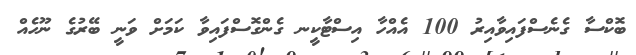
ބޮކްސާ ގެނެސްފައިވާއިރު 100 އެއްހާ އިސްޓާކީނ ގެންގޮސްފައިވާ ކަމަށް ވަނީ ބޭރުގެ ނޫހެއް